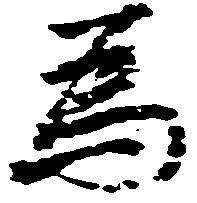
為